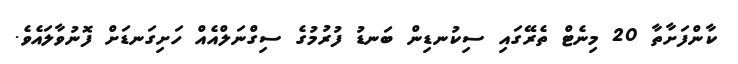
ކާންފަށާތާ 20 މިނެޓް ތެރޭގައި ސިކުނޑިން ބަނޑު ފުރުމުގެ ސިގްނަލްއެއް ހަށިގަނޑަށް ފޮނުވާލައެވެ.